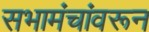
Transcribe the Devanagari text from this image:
सभामंचांवरून